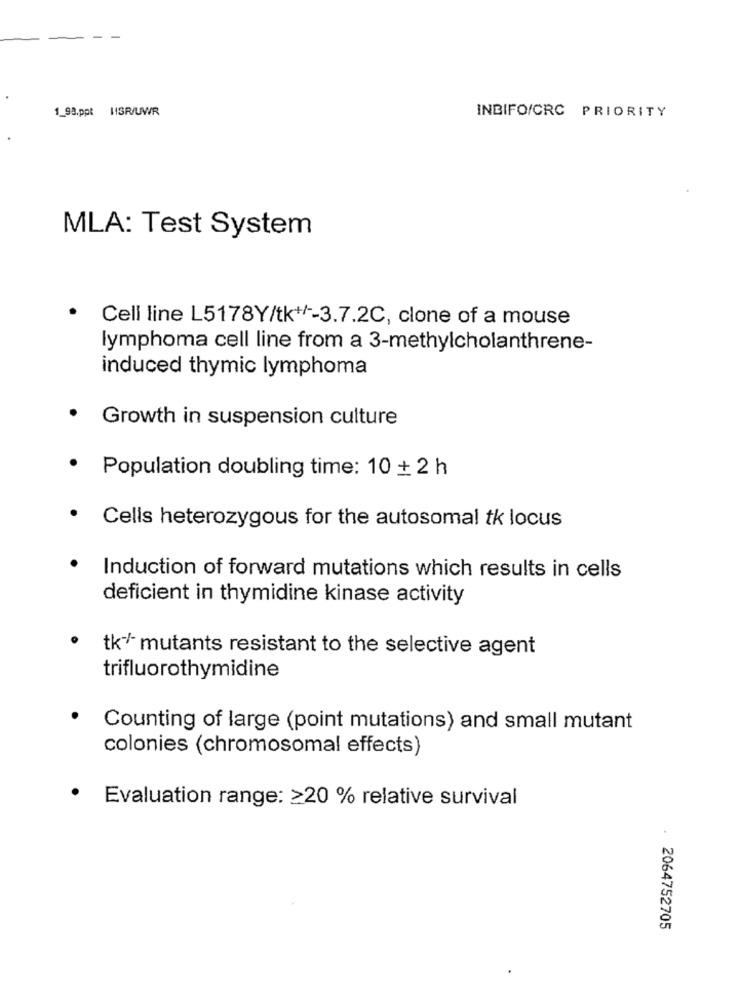
1_99.ppt 11SR/UWR
INBIFO/CRC PRIORITY
MLA: Test System
.
Cell line L5178Y/tk+/ -- 3.7.2C, clone of a mouse
lymphoma cell line from a 3-methylcholanthrene-
induced thymic lymphoma
Growth in suspension culture
Population doubling time: 10 + 2 h
· Cells heterozygous for the autosomal tk locus
Induction of forward mutations which results in cells
deficient in thymidine kinase activity
tk / mutants resistant to the selective agent
trifluorothymidine
Counting of large (point mutations) and small mutant
colonies (chromosomal effects)
.
Evaluation range: ≥20 % relative survival
. 2064752705